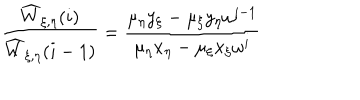
\frac { \widehat { W } _ { \xi , \eta } ( i ) } { \widehat { W } _ { \xi , \eta } ( i - 1 ) } = \frac { \mu _ { \eta } y _ { \xi } - \mu _ { \xi } y _ { \eta } \omega ^ { i - 1 } } { \mu _ { \eta } x _ { \eta } - \mu _ { \xi } x _ { \xi } \omega ^ { i } } \nonumber